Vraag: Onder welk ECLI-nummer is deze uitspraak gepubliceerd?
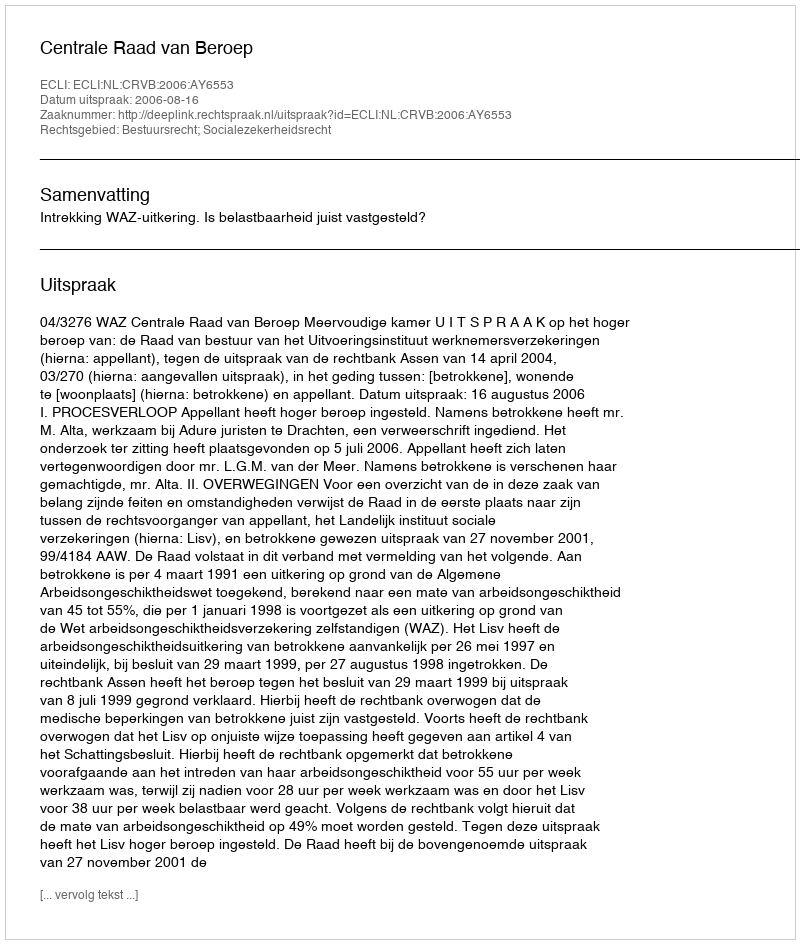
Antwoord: ECLI:NL:CRVB:2006:AY6553